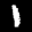
Label: 1